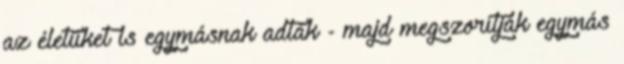
az életüket is egymásnak adták - majd megszorítják egymás